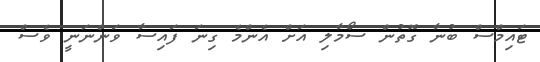
ޓައިމްސް ބުނާ ގޮތުން ސޯމާލި އަށް އެންމެ ގިނަ ފައިސާ ވަންނަނީ ވެސް